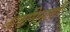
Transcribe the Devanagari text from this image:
अनगिनती